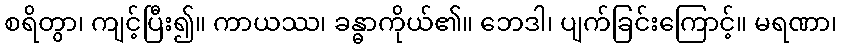
စရိတွာ၊ ကျင့်ပြီး၍။ ကာယဿ၊ ခန္ဓာကိုယ်၏။ ဘေဒါ၊ ပျက်ခြင်းကြောင့်။ မရဏာ၊